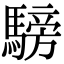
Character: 騯